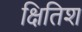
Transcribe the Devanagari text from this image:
क्षितिश